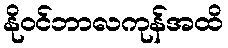
နိုဝင်ဘာလကုန်အထိ